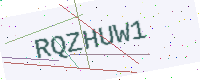
Text: RQZHUW1